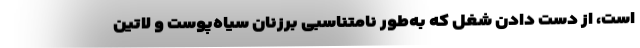
است، از دست دادن شغل که به‌طور نامتناسبی برزنان سیاه‌پوست و لاتین